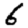
Digit: 6